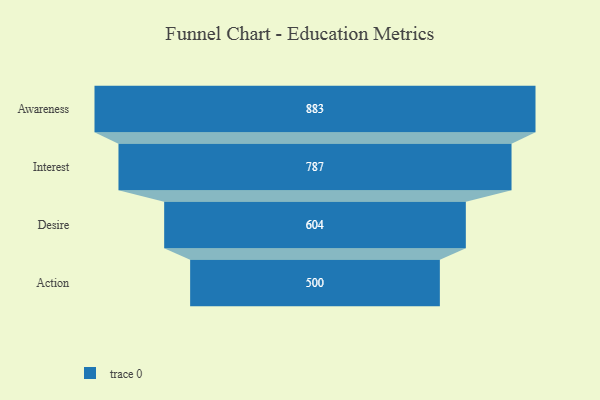
{"axis": {"x": "Stage", "y": "Value"}, "legend": [""], "data": [{"x": "Awareness", "y": 883.0, "type": ""}, {"x": "Interest", "y": 787.0, "type": ""}, {"x": "Desire", "y": 604.0, "type": ""}, {"x": "Action", "y": 500, "type": ""}]}